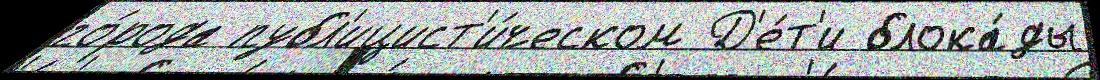
го́рода публ'ицист'и́ческом Д'е́т'и блока́ды